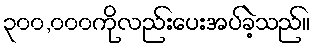
၃၀၀,၀၀၀ကိုလည်းပေးအပ်ခဲ့သည်။